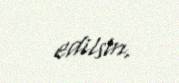
edilsin.